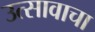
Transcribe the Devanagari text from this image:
उत्सावाचा